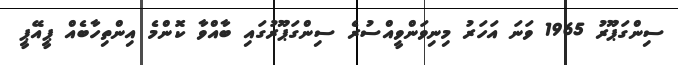
ސިންގަޕޫރު 1965 ވަނަ އަހަރު މިނިވަންވީއްސުރެ ސިންގަޕޫރުގައި ބާއްވާ ކޮންމެ އިންތިހާބެއް ޕީއޭޕީ